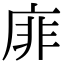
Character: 䨾